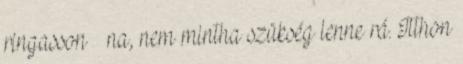
ringasson – na, nem mintha szükség lenne rá. Itthon